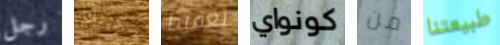
رجل سكينك تعقيدا كونواي من طبيعتنا